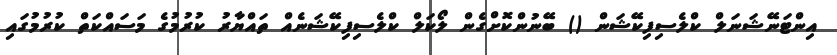
އިންޓަނޭޝަނަލް ކްލެސިފިކޭޝަން () ބޭނުންކޮށްގެން ލޯކަލް ކްލެސިފިކޭޝަނެއް ތައްޔާރު ކުރުމުގެ މަސައްކަތް ކުރުމުގައި